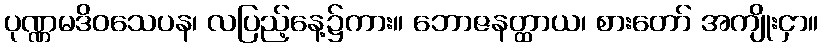
ပုဏ္ဏမဒိဝသေပန၊ လပြည့်နေ့၌ကား။ ဘောဇနတ္ထာယ၊ စားတော် အကျိုးငှာ။